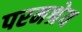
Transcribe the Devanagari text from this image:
परमश्रेय